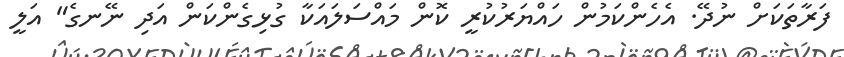
ފަރާތަކަށް ނުދޭ. އެހެންކަމުން ހައްޔަރުކުރީ ކޮން މައްސަލައަކާ ގުޅިގެންކަން އަދި ނޭނގެ" އަލީ